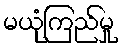
မယုံကြည်မှု